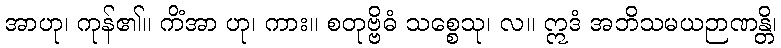
အာဟု၊ ကုန်၏။ ကိံအာ ဟု၊ ကား။ စတုဗ္ဗိဓံ သစ္စေသု၊ လ။ ဣဒံ အဘိသမယဉာဏန္တိ၊